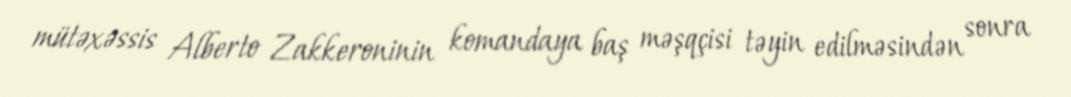
mütəxəssis Alberto Zakkeroninin komandaya baş məşqçisi təyin edilməsindən sonra